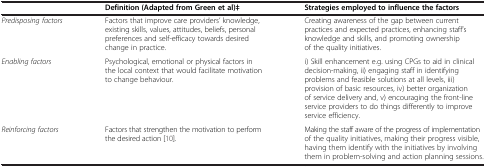
<table><thead><tr><td><b> </b></td><td><b>Definition (Adapted from Green et al)‡</b></td><td><b>Strategies employed to influence the factors</b></td></tr></thead><tbody><tr><td><i>Predisposing factors</i></td><td>Factors that improve care providers’ knowledge, existing skills, values, attitudes, beliefs, personal preferences and self-efficacy towards desired change in practice.</td><td>Creating awareness of the gap between current practices and expected practices, enhancing staff’s knowledge and skills, and promoting ownership of the quality initiatives.</td></tr><tr><td><i>Enabling factors</i></td><td>Psychological, emotional or physical factors in the local context that would facilitate motivation to change behaviour.</td><td>i) Skill enhancement e.g. using CPGs to aid in clinical decision-making, ii) engaging staff in identifying problems and feasible solutions at all levels, iii) provision of basic resources, iv) better organization of service delivery and, v) encouraging the front-line service providers to do things differently to improve service efficiency.</td></tr><tr><td><i>Reinforcing factors</i></td><td>Factors that strengthen the motivation to perform the desired action [10].</td><td>Making the staff aware of the progress of implementation of the quality initiatives, making their progress visible, having them identify with the initiatives by involving them in problem-solving and action planning sessions.</td></tr></tbody></table>